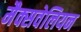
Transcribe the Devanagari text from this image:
मैक्सवेलियन